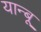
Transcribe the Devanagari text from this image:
यान्बू